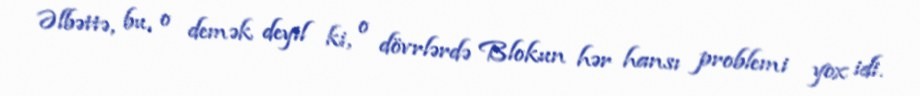
Əlbəttə, bu, o demək deyil ki, o dövrlərdə Blokun hər hansı problemi yox idi.